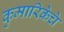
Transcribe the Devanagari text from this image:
कुमारिकेचे